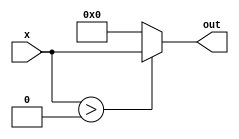
module my_package(
  input signed [15:0] x,
  output wire [15:0] out
);
  assign out = (x > 0) ? x : 0;
endmodule